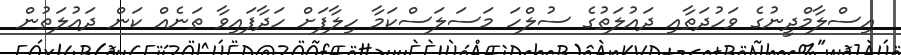
އިސްލާމްދީނުގެ ވަހުދަތާއި ދައުލަތުގެ ސުލްހަ މަސަލަސްކަމާ ހިލާފަށް ހަދާފައިވާ ތަނެއް ކަން ދައުލަތުން